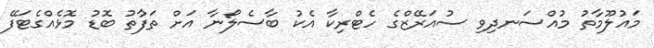
މައުލޫމާތު މުއްސަނދިވި ސުއަރޭޒްގެ ހެޓްރިކާ އެކު ބާސެލޯނާ އަށް ތަފާުތު ބޮޑު މޮޅެއްގެޓަފޭ